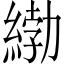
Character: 𦂿